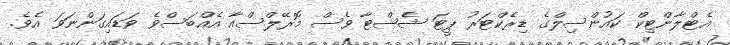
އެޓްލާންޓިކް ކައުންސިލްގެ ޑިރެކްޓަރު ޕީޓަ ޝެޝްޓާ ވެސް މޮރޭލްސްއާ އެއްބަސްވެ ވަޑައިގަންނަވަ އެވެ.